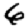
Digit: 6